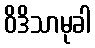
ဝိဒိသာမုခါ